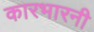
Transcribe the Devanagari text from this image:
कारभारनी